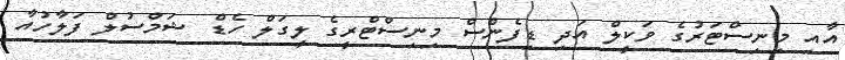
އާއި މިނިސްޓަރުގެ ވަކީލް އަދި ޑިފެންސް މިނިސްޓްރީގެ ލީގަލް ހެޑް ޝަމްސުލް ފަލާހުއާ